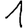
Digit: 1